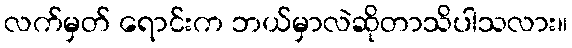
လက်မှတ် ရောင်းက ဘယ်မှာလဲဆိုတာသိပါသလား။